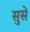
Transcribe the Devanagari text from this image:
सुसे